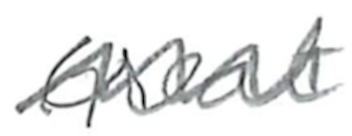
Text: Great
Cross-out: wave
Writing tool: pencil